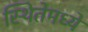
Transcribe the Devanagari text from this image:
स्थितेमध्ये